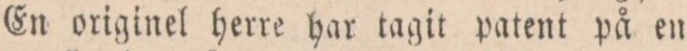
En originel herre har tagit patent på en